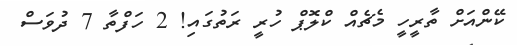
ކޭންއަށް ތާރީހީ މެޗެއް ކްލޮޕް ހުރީ ރަތުގައި! 2 ހަފްތާ 7 ދުވަސް